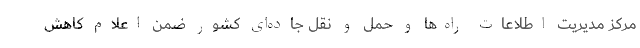
مرکز مدیریت اطلاعات راه‌ها و حمل ‌و نقل جاده‌ای کشور ضمن اعلام کاهش